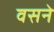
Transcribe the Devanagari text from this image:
वसने